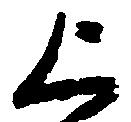
上